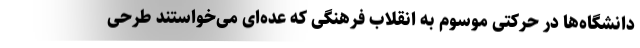
دانشگاه‌ها در حرکتی موسوم به انقلاب فرهنگی که عده‌ای می‌خواستند طرحی